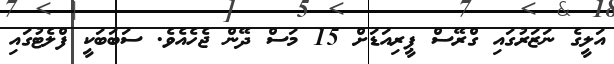
އަލީގެ ނަޒަރުގައި ގްރޭސް ޕީރިއަޑަށް 15 މަސް ދޭން ޖެހެއެވެ. ސަބަބަކީ ފްލެޓުގައި